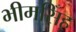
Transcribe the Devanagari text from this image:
भीमसिँह